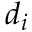
d _ { i }